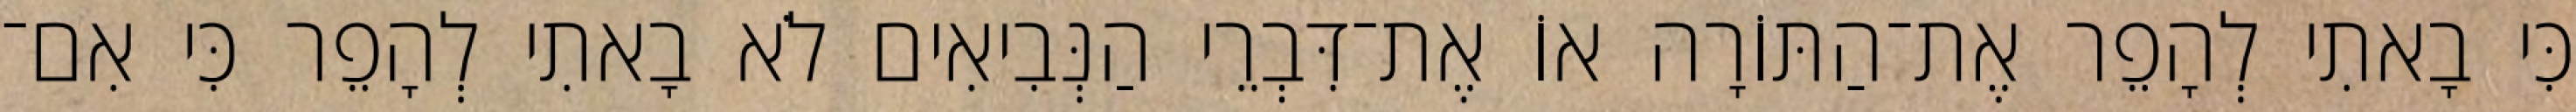
כִּי בָאתִי לְהָפֵר אֶת־הַתּוֹרָה אוֹ אֶת־דִּבְרֵי הַנְּבִיאִים לֹא בָאתִי לְהָפֵר כִּי אִם־